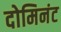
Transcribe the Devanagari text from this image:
दोमिनंट